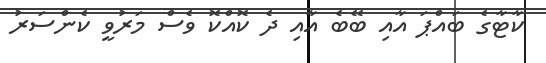
ކާޓާގެ ބައްޕަ އާއި ބޭބެ އާއި ދެ ކޮއްކޮ ވެސް މަރުވީ ކެންސަރު